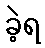
ခဲ့ရ